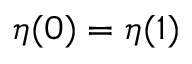
\eta ( 0 ) = \eta ( 1 )